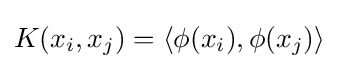
K(x_{i},x_{j})=\left\langle \phi (x_{i}),\phi (x_{j})\right\rangle